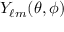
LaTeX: Y _ { \ell m } ( \theta , \phi )